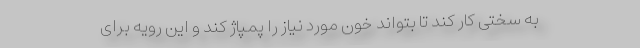
به سختی کار کند تا بتواند خون مورد نیاز را پمپاژ کند و این رویه برای